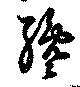
纔